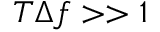
T \Delta f > > 1